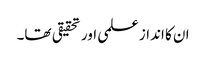
ان کا انداز علمی اور تحقیقی تھا۔